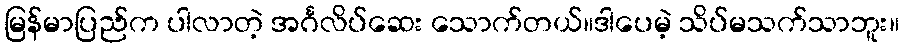
မြန်မာပြည်က ပါလာတဲ့ အင်္ဂလိပ်ဆေး သောက်တယ်။ဒါပေမဲ့ သိပ်မသက်သာဘူး။